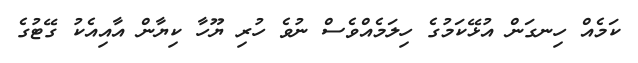
ކަމެއް ހިނގަން އުޅޭކަމުގެ ހިލަމެއްވެސް ނުވެ ހުރި ޔޫހާ ކިޔާން އާއިއެކު ގޭޓުގެ